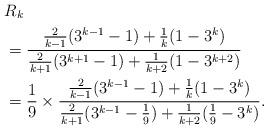
LaTeX: \begin{align*}&R_{k}\\&=\frac{\frac{2}{k-1}(3^{k-1}-1)+\frac{1}{k}(1-3^{k})}{\frac{2}{k+1}(3^{k+1}-1)+\frac{1}{k+2}(1-3^{k+2})}\\&=\frac{1}{9}\times\frac{\frac{2}{k-1}(3^{k-1}-1)+\frac{1}{k}(1-3^{k})}{\frac{2}{k+1}(3^{k-1}-\frac{1}{9})+\frac{1}{k+2}(\frac{1}{9}-3^{k})}.\end{align*}